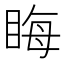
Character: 䀲